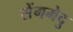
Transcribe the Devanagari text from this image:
सेंगमेदु